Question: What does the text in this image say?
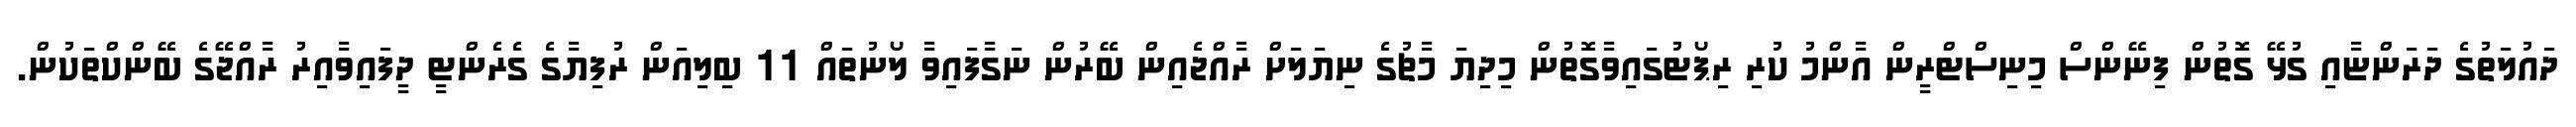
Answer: ދައުލަތުގެ ދަރަންޏާއި ގުޅޭ ގޮތުން ފިނޭންސް މިނިސްޓްރީން އާންމު ކުރި ރިޕޯޓުގައިވާގޮތުން މިދިޔަ މާޗުގެ ނިޔަލަށް ރާއްޖެއިން ބޭރުން ނަގާފައިވާ ލޯނުތައް 11 ބިލިއަން ރުފިޔާގެ ގެރެންޓީ ދީފައިވާއިރު ރާއްޖޭގެ ބޭންކްތަކުން.